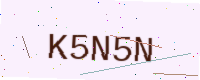
Text: K5N5N